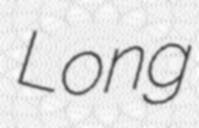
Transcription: Long